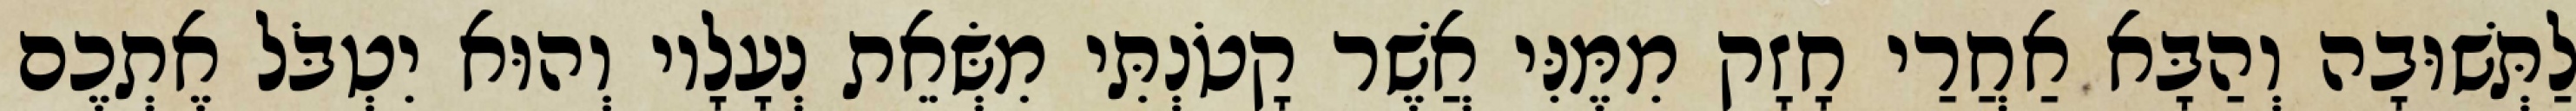
לַתְּשׁוּבָה וְהַבָּא אַחֲרַי חָזָק מִמֶּנִּי אֲשֶׁר קָטֹנְתִּי מִשְּׂאֵת נְעָלָיו וְהוּא יִטְבֹּל אֶתְכֶם